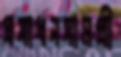
প্রসাধনসামগ্রী